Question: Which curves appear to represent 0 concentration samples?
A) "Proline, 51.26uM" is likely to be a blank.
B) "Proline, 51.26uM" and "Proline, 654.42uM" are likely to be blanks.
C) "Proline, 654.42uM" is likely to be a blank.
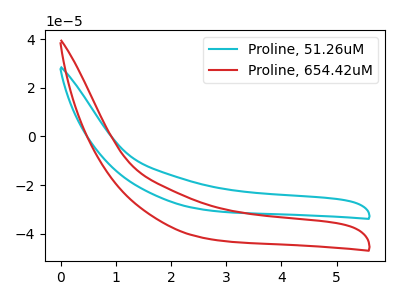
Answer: <think>The cyan curve "Proline, 51.26uM" has no peaks. The red curve "Proline, 654.42uM" has no peaks.</think>
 <answer>B) "Proline, 51.26uM" and "Proline, 654.42uM" are likely to be blanks.</answer>
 <eval>B</eval>